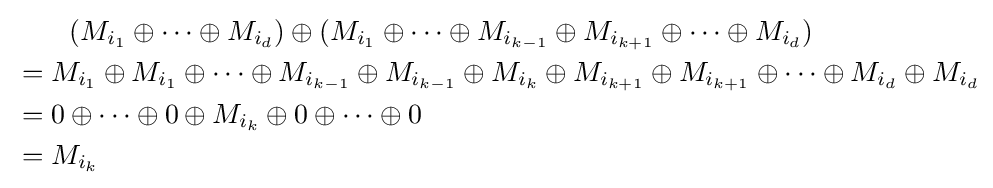
{\begin{aligned}&{}\qquad (M_{i_{1}}\oplus \dots \oplus M_{i_{d}})\oplus (M_{i_{1}}\oplus \dots \oplus M_{i_{k-1}}\oplus M_{i_{k+1}}\oplus \dots \oplus M_{i_{d}})\\&=M_{i_{1}}\oplus M_{i_{1}}\oplus \dots \oplus M_{i_{k-1}}\oplus M_{i_{k-1}}\oplus M_{i_{k}}\oplus M_{i_{k+1}}\oplus M_{i_{k+1}}\oplus \dots \oplus M_{i_{d}}\oplus M_{i_{d}}\\&=0\oplus \dots \oplus 0\oplus M_{i_{k}}\oplus 0\oplus \dots \oplus 0\\&=M_{i_{k}}\,\end{aligned}}